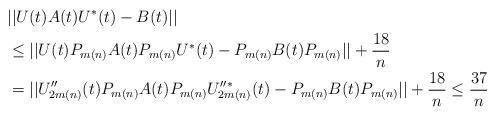
LaTeX: \begin{align*}&||U(t)A(t)U^*(t)-B(t)||\\&\leq ||U(t)P_{m(n)}A(t)P_{m(n)}U^*(t)-P_{m(n)}B(t)P_{m(n)}||+\frac{18}{n}\\&=||U_{2m(n)}''(t)P_{m(n)}A(t)P_{m(n)}U_{2m(n)}''^*(t)-P_{m(n)}B(t)P_{m(n)}||+\frac{18}{n}\leq \frac{37}{n}\end{align*}